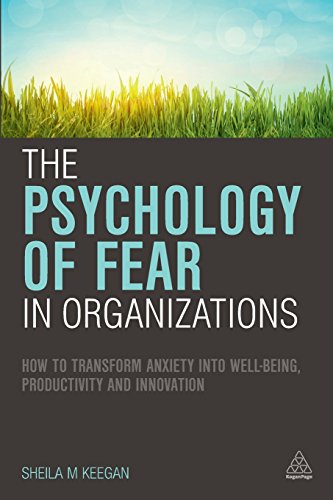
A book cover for The Psychology of Fear in Organizations: How to Transform Anxiety into Well-being, Productivity and Innovation; Sheila M Keegan; Health, Fitness & Dieting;